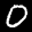
Label: 0